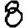
Digit: 8